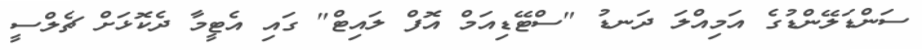
ސަންޑަލޭންޑުގެ އަމިއްލަ ދަނޑު "ސްޓޭޑިއަމް އޮފް ލައިޓް" ގައި އެޓީމާ ދެކޮޅަށް ޗެލްސީ